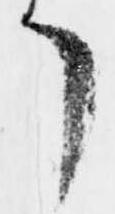
了